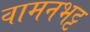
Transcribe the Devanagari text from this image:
वामनभट्ट